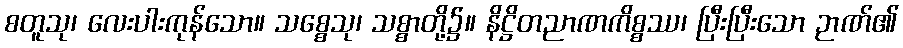
စတူသု၊ လေးပါးကုန်သော။ သစ္စေသု၊ သစ္စာတို့၌။ နိဋ္ဌိတညာဏကိစ္စဿ၊ ပြီးပြီးသော ဉာဏ်၏